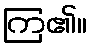
ကြ၏။